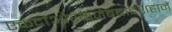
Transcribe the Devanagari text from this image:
एकदांऔरंगजेबबादशहाने